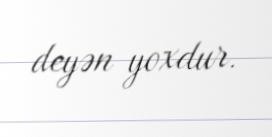
deyən yoxdur.